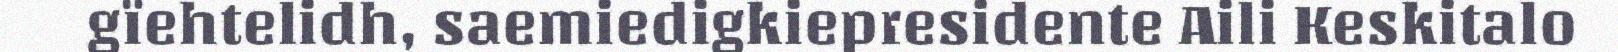
gïehtelidh, saemiedigkiepresidente Aili Keskitalo